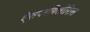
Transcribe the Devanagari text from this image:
ऐसपरगिलोसिस